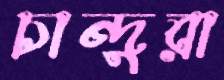
চান্দুরা